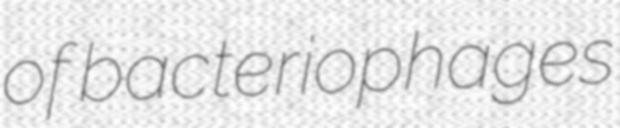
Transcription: of bacteriophages